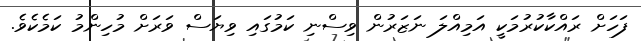
ފަހަށް ރައްކާކުރުމަކީ އަމިއްލަ ނަޒަރުން ވިސްނި ކަމުގައި ވިޔަސް ވަރަށް މުހިންމު ކަމެކެވެ.